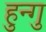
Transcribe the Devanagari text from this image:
हुन्गु